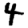
Digit: 4